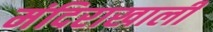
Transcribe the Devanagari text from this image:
मंदिराखाली